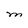
Character: M